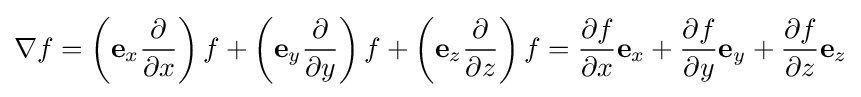
\nabla f=\left(\mathbf {e} _{x}{\partial  \over \partial x}\right)f+\left(\mathbf {e} _{y}{\partial  \over \partial y}\right)f+\left(\mathbf {e} _{z}{\partial  \over \partial z}\right)f={\partial f \over \partial x}\mathbf {e} _{x}+{\partial f \over \partial y}\mathbf {e} _{y}+{\partial f \over \partial z}\mathbf {e} _{z}